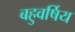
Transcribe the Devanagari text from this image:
बहुवर्षिय